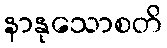
နာနုသောစတိ